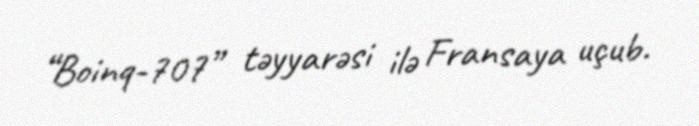
“Boinq-707” təyyarəsi ilə Fransaya uçub.